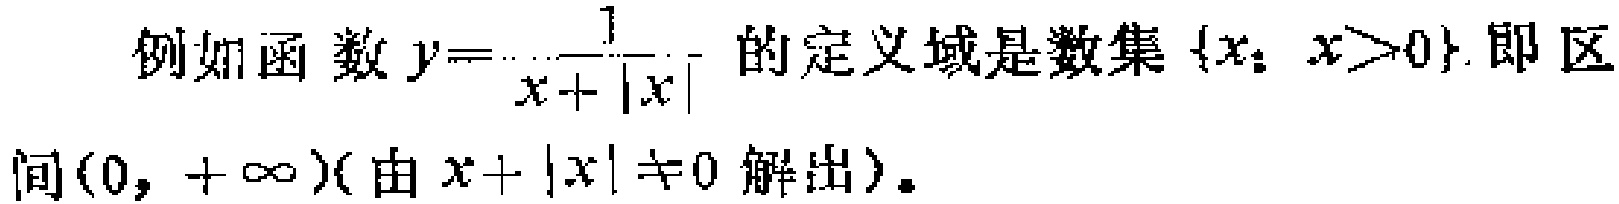
例如函数\(y = \frac{1}{x + |x|}\)的定义域是数集\(\{x：x>0\}\)，即区间\((0, +\infty)\)（由\(x + |x| \neq 0\)解出）。